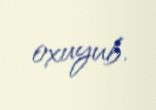
oxuyub.